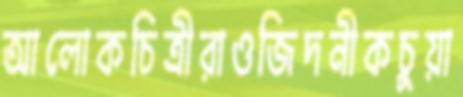
আলোকচিত্রীরাওজিদনীকচুয়া